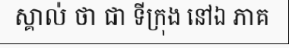
ស្គាល់ ថា ជា ទីក្រុង នៅឯ ភាគ